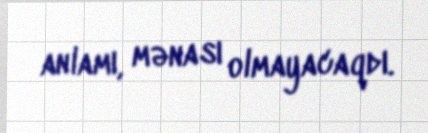
anlamı, mənası olmayacaqdı.